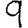
Digit: 9